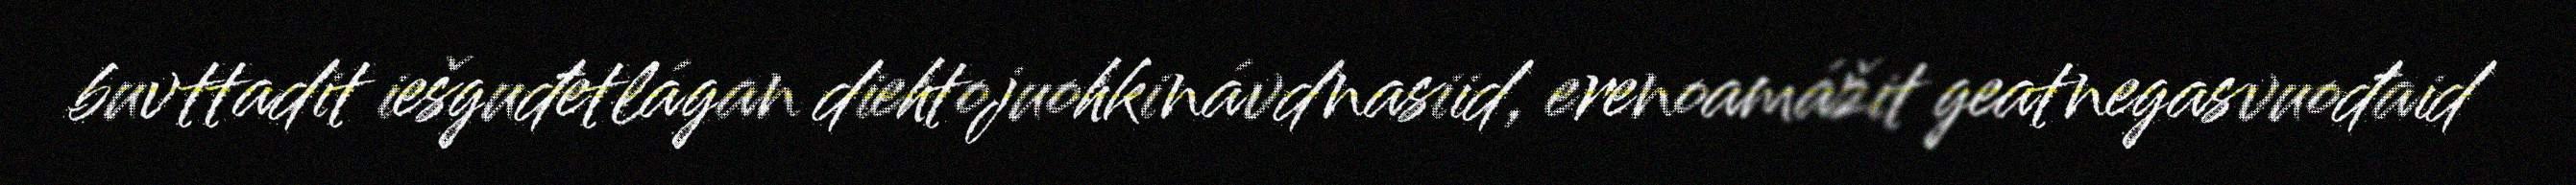
buvttadit iešguđetlágan diehtojuohkinávdnasiid, erenoamážit geatnegasvuođaid